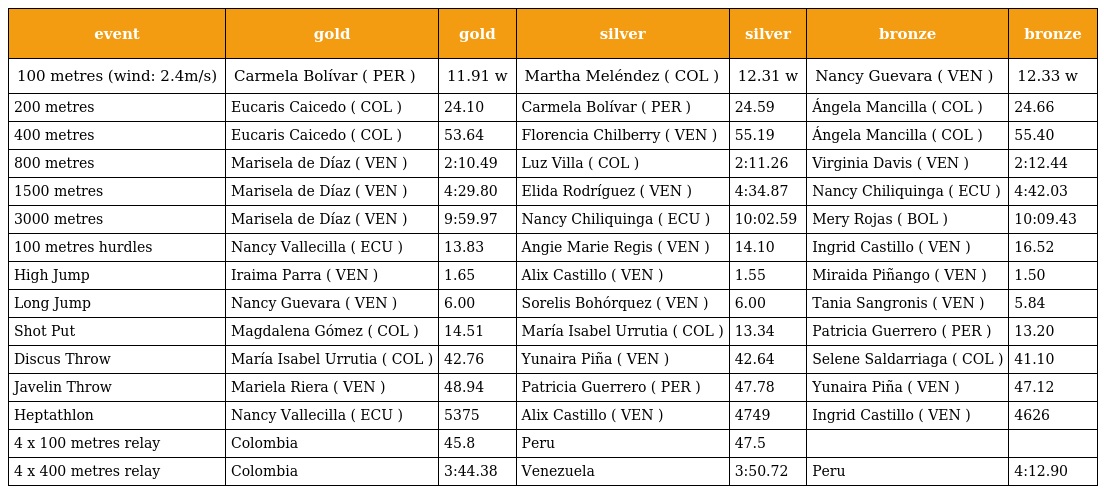
| event | gold | gold | silver | silver | bronze | bronze |
 | --- | --- | --- | --- | --- | --- | --- |
 | 100 metres (wind: 2.4m/s) | Carmela Bolívar ( PER ) | 11.91 w | Martha Meléndez ( COL ) | 12.31 w | Nancy Guevara ( VEN ) | 12.33 w |
 | 200 metres | Eucaris Caicedo ( COL ) | 24.10 | Carmela Bolívar ( PER ) | 24.59 | Ángela Mancilla ( COL ) | 24.66 |
 | 400 metres | Eucaris Caicedo ( COL ) | 53.64 | Florencia Chilberry ( VEN ) | 55.19 | Ángela Mancilla ( COL ) | 55.40 |
 | 800 metres | Marisela de Díaz ( VEN ) | 2:10.49 | Luz Villa ( COL ) | 2:11.26 | Virginia Davis ( VEN ) | 2:12.44 |
 | 1500 metres | Marisela de Díaz ( VEN ) | 4:29.80 | Elida Rodríguez ( VEN ) | 4:34.87 | Nancy Chiliquinga ( ECU ) | 4:42.03 |
 | 3000 metres | Marisela de Díaz ( VEN ) | 9:59.97 | Nancy Chiliquinga ( ECU ) | 10:02.59 | Mery Rojas ( BOL ) | 10:09.43 |
 | 100 metres hurdles | Nancy Vallecilla ( ECU ) | 13.83 | Angie Marie Regis ( VEN ) | 14.10 | Ingrid Castillo ( VEN ) | 16.52 |
 | High Jump | Iraima Parra ( VEN ) | 1.65 | Alix Castillo ( VEN ) | 1.55 | Miraida Piñango ( VEN ) | 1.50 |
 | Long Jump | Nancy Guevara ( VEN ) | 6.00 | Sorelis Bohórquez ( VEN ) | 6.00 | Tania Sangronis ( VEN ) | 5.84 |
 | Shot Put | Magdalena Gómez ( COL ) | 14.51 | María Isabel Urrutia ( COL ) | 13.34 | Patricia Guerrero ( PER ) | 13.20 |
 | Discus Throw | María Isabel Urrutia ( COL ) | 42.76 | Yunaira Piña ( VEN ) | 42.64 | Selene Saldarriaga ( COL ) | 41.10 |
 | Javelin Throw | Mariela Riera ( VEN ) | 48.94 | Patricia Guerrero ( PER ) | 47.78 | Yunaira Piña ( VEN ) | 47.12 |
 | Heptathlon | Nancy Vallecilla ( ECU ) | 5375 | Alix Castillo ( VEN ) | 4749 | Ingrid Castillo ( VEN ) | 4626 |
 | 4 x 100 metres relay | Colombia | 45.8 | Peru | 47.5 |  |  |
 | 4 x 400 metres relay | Colombia | 3:44.38 | Venezuela | 3:50.72 | Peru | 4:12.90 |